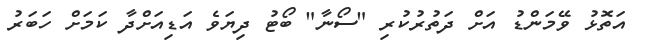
އަތޮޅު ވޭމަންޑު އަށް ދަތުރުކުރި "ސޯނާ" ބޯޓު ދިޔަވެ އަޑިއަށްދާ ކަމަށް ހަބަރު